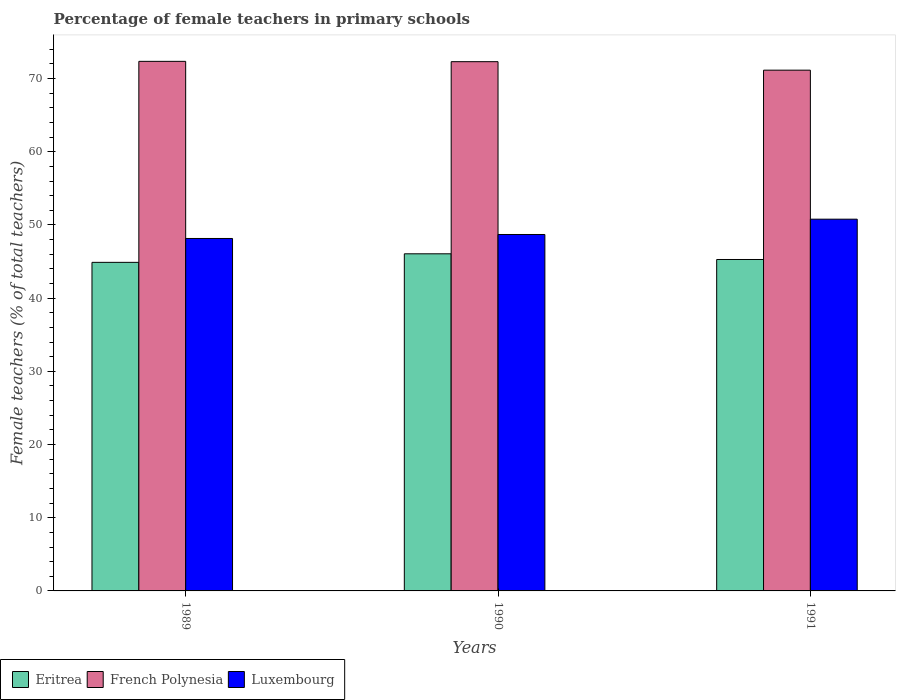
| Years | Eritrea | French Polynesia | Luxembourg |
 | --- | --- | --- | --- |
 | 1989 | 44.9 | 72.4 | 48.2 |
 | 1990 | 46.1 | 72.3 | 48.7 |
 | 1991 | 45.3 | 71.2 | 50.8 |